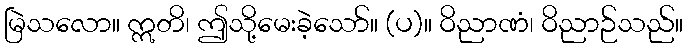
မြဲသလော။ ဣတိ၊ ဤသို့မေးခဲ့သော်။ (ပ)။ ဝိညာဏံ၊ ဝိညာဉ်သည်။